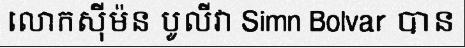
លោកស៊ីម៉ន បូលីវា Simn Bolvar បាន